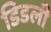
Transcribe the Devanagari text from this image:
डिडली